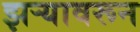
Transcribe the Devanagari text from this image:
झऱ्यावरून